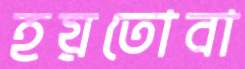
হয়তোবা